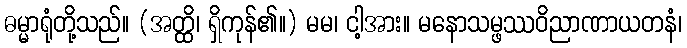
ဓမ္မာရုံတို့သည်။ (အတ္ထိ၊ ရှိကုန်၏။) မမ၊ ငါ့အား။ မနောသမ္ဖဿဝိညာဏာယတနံ၊